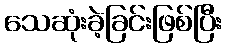
သေဆုံးခဲ့ခြင်းဖြစ်ပြီး